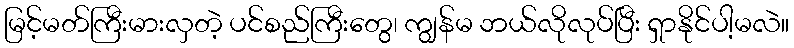
မြင့်မတ်ကြီးမားလှတဲ့ ပင်စည်ကြီးတွေ၊ ကျွန်မ ဘယ်လိုလုပ်ပြီး ရှာနိုင်ပါ့မလဲ။